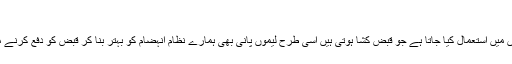
قبض کشا
لیموں کا اکثر بیشتر ایسی دواؤں میں استعمال کیا جاتا ہے جو قبض کشا ہوتی ہیں اسی طرح لیموں پانی بھی ہمارے نظام انہضام کو بہتر بنا کر قبض کو دفع کرنے میں نہایت معاون ثابت ہوا ہے۔